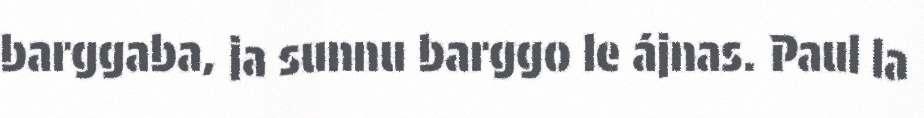
barggaba, ja sunnu barggo le ájnas. Paul la